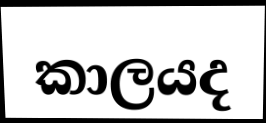
කාලයද